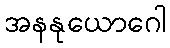
အနနုယောဂေါ